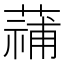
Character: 𮑑